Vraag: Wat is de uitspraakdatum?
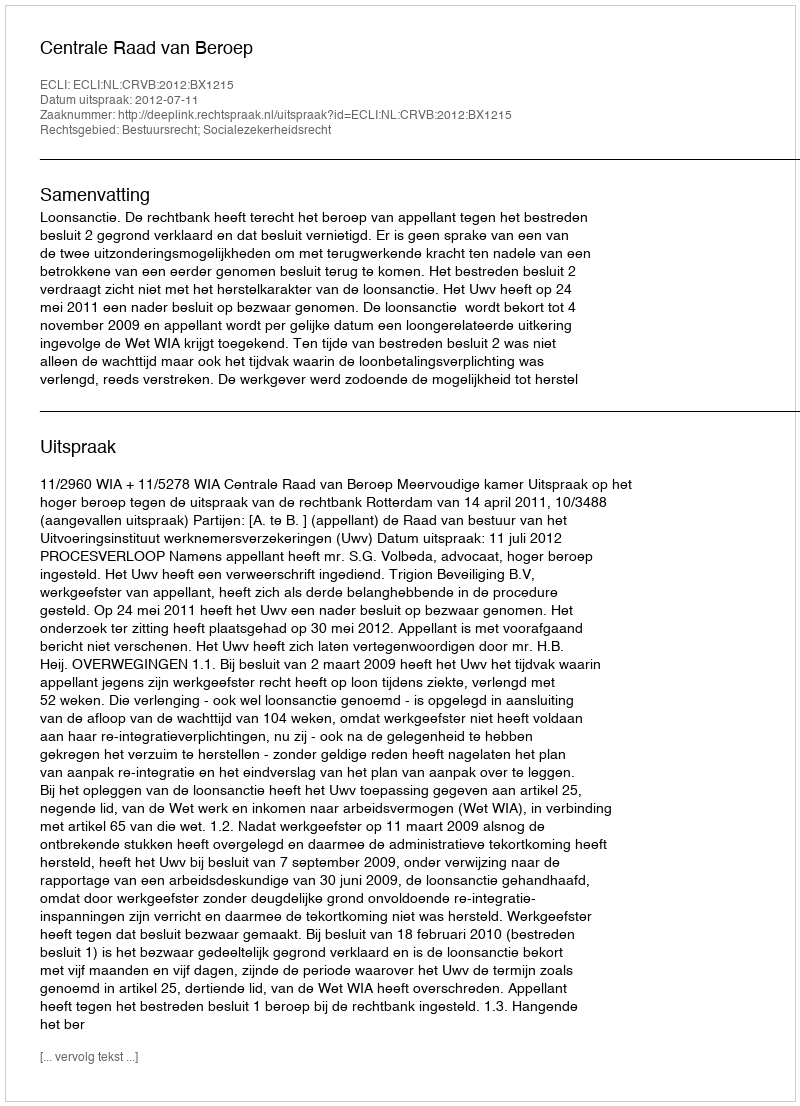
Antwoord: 2012-07-11